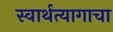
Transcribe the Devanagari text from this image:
स्वार्थत्यागाचा